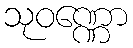
သုဝဏ္ဏော